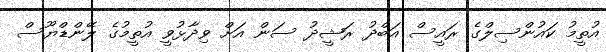
އުތީމު ކައުންސިލްގެ ރައީސް އަބްދު ރަޝީދު ސަން އަށް ވިދާޅުވީ އުތީމުގެ ލޭންޑްޔޫސް